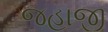
જહાજી